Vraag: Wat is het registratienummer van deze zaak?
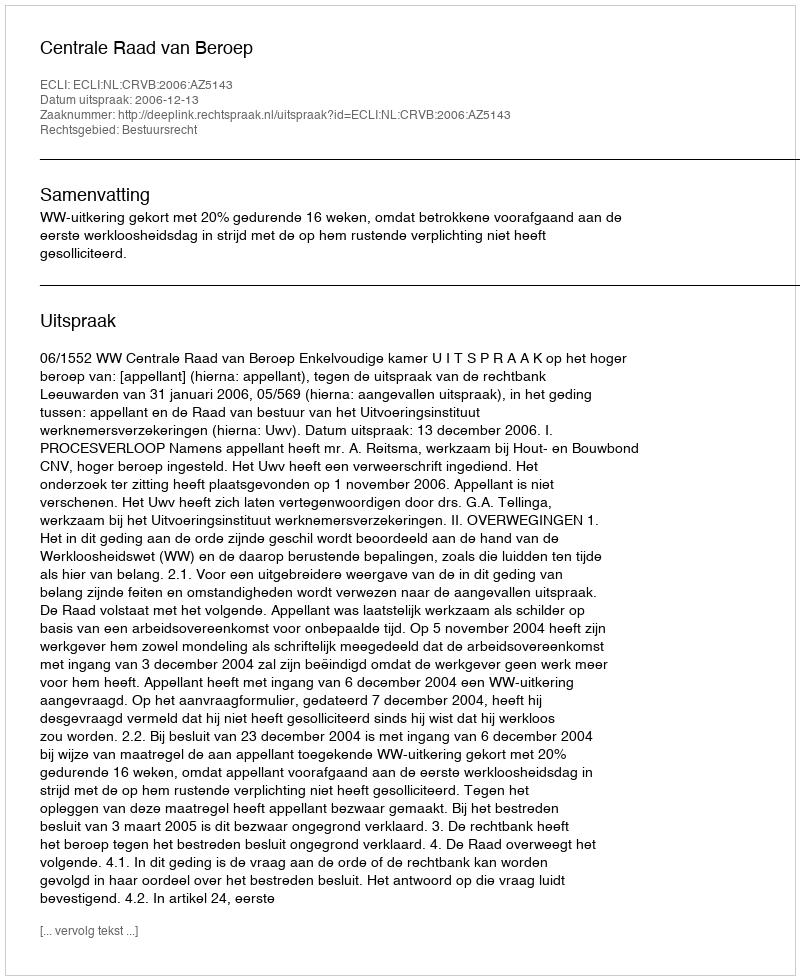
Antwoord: http://deeplink.rechtspraak.nl/uitspraak?id=ECLI:NL:CRVB:2006:AZ5143